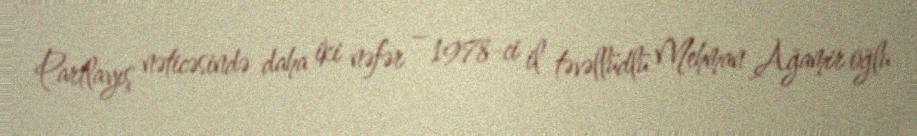
Partlayış nəticəsində daha iki nəfər – 1978-ci il təvəllüdlü Mehman Ağamir oğlu